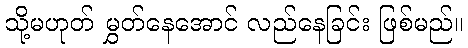
သို့မဟုတ် မွှတ်နေအောင် လည်နေခြင်း ဖြစ်မည်။